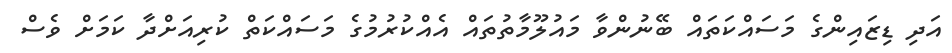
އަދި ޑިޒައިންގެ މަސައްކަތައް ބޭނުންވާ މައުލޫމާތުތައް އެއްކުރުމުގެ މަސައްކަތް ކުރިއަށްދާ ކަމަށް ވެސް